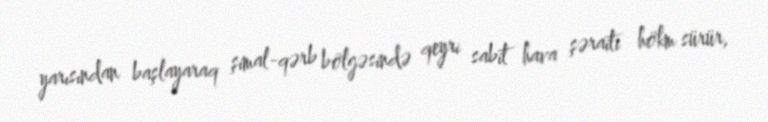
yarısından başlayaraq şimal-qərb bölgəsində qeyri sabit hava şəraiti hökm sürür,